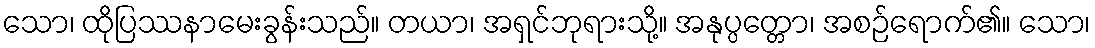
သော၊ ထိုပြဿနာမေးခွန်းသည်။ တယာ၊ အရှင်ဘုရားသို့။ အနုပ္ပတ္တော၊ အစဉ်ရောက်၏။ သော၊